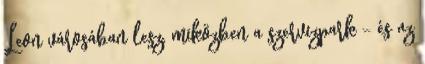
Leon városában lesz, miközben a szervizpark – és az